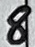
Text: 8